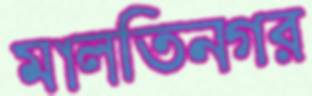
মালতিনগর